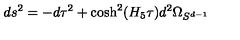
d s ^ { 2 } = - d \tau ^ { 2 } + \cosh ^ { 2 } ( H _ { 5 } \tau ) d ^ { 2 } \Omega _ { S ^ { d - 1 } }